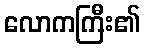
လောကကြီး၏